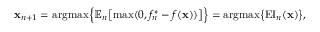
\begin{array} { r } { \mathbf { x } _ { n + 1 } = \mathrm { a r g m a x } \Big \{ \mathbb { E } _ { n } \big [ \mathrm { m a x } ( 0 , f _ { n } ^ { * } - f ( \mathbf { x } ) ) \big ] \Big \} = \mathrm { a r g m a x } \big \{ \mathrm { E I } _ { n } ( \mathbf { x } ) \big \} , } \end{array}